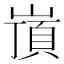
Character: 嵿